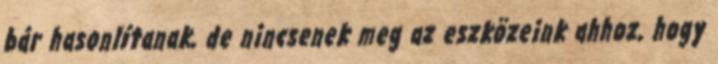
bár hasonlítanak, de nincsenek meg az eszközeink ahhoz, hogy